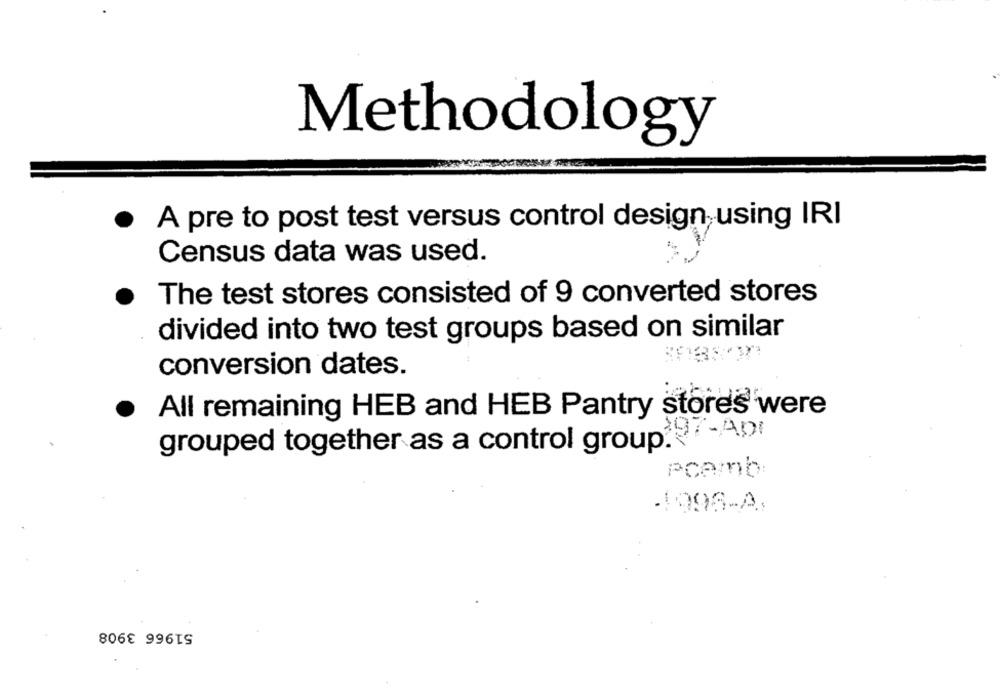
Methodology
A pre to post test versus control design using IRI
Census data was used.
.
The test stores consisted of 9 converted stores
divided into two test groups based on similar
conversion dates.
All remaining HEB and HEB Pantry stores were
grouped together as a control group ?- ADI
Pcamb:
41998-A.
51966 3908